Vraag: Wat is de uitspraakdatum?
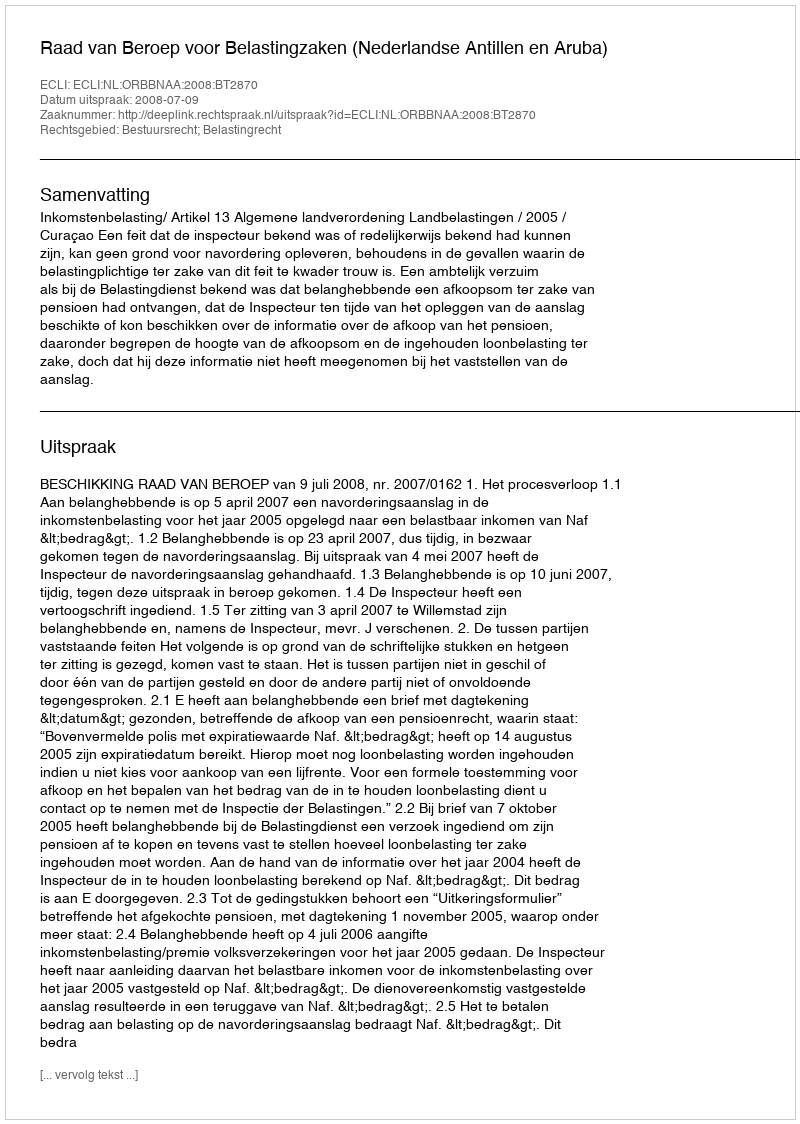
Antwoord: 2008-07-09